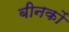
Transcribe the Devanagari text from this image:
बीनकों